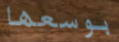
بوسعها